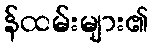
န်ထမ်းများ၏